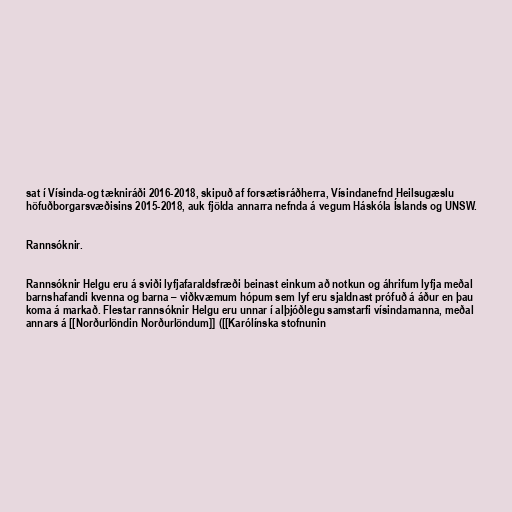
sat í Vísinda-og tækniráði 2016-2018, skipuð af forsætisráðherra, Vísindanefnd Heilsugæslu
höfuðborgarsvæðisins 2015-2018, auk fjölda annarra nefnda á vegum Háskóla Íslands og UNSW.

Rannsóknir.

Rannsóknir Helgu eru á sviði lyfjafaraldsfræði beinast einkum að notkun og áhrifum lyfja meðal
barnshafandi kvenna og barna – viðkvæmum hópum sem lyf eru sjaldnast prófuð á áður en þau
koma á markað. Flestar rannsóknir Helgu eru unnar í alþjóðlegu samstarfi vísindamanna, meðal
annars á [[Norðurlöndin Norðurlöndum]] ([[Karólínska stofnunin